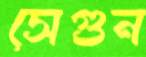
সেগুন